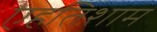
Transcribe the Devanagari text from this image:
एहतिशाम